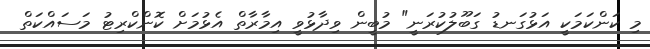
މި ކަންކަމަކީ އަޅުގަނޑު ގަބޫލުކުރަނީ" މުބީން ވިދާޅުވީ އިމާރާތް އެޅުމަށް ކޮންކްރިޓު މަސައްކަތް